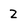
Character: 2